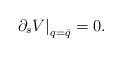
LaTeX: \begin{align*}\left. \partial_s V \right|_{q = \bar{q}} = 0 . \end{align*}